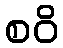
စဝိ